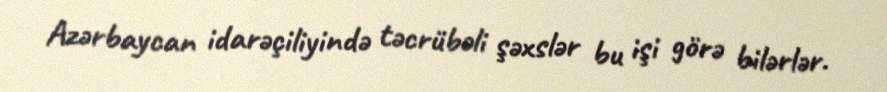
Azərbaycan idarəçiliyində təcrübəli şəxslər bu işi görə bilərlər.